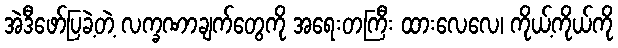
အဲဒီဖော်ပြခဲ့တဲ့ လက္ခဏာချက်တွေကို အရေးတကြီး ထားလေလေ၊ ကိုယ့်ကိုယ်ကို